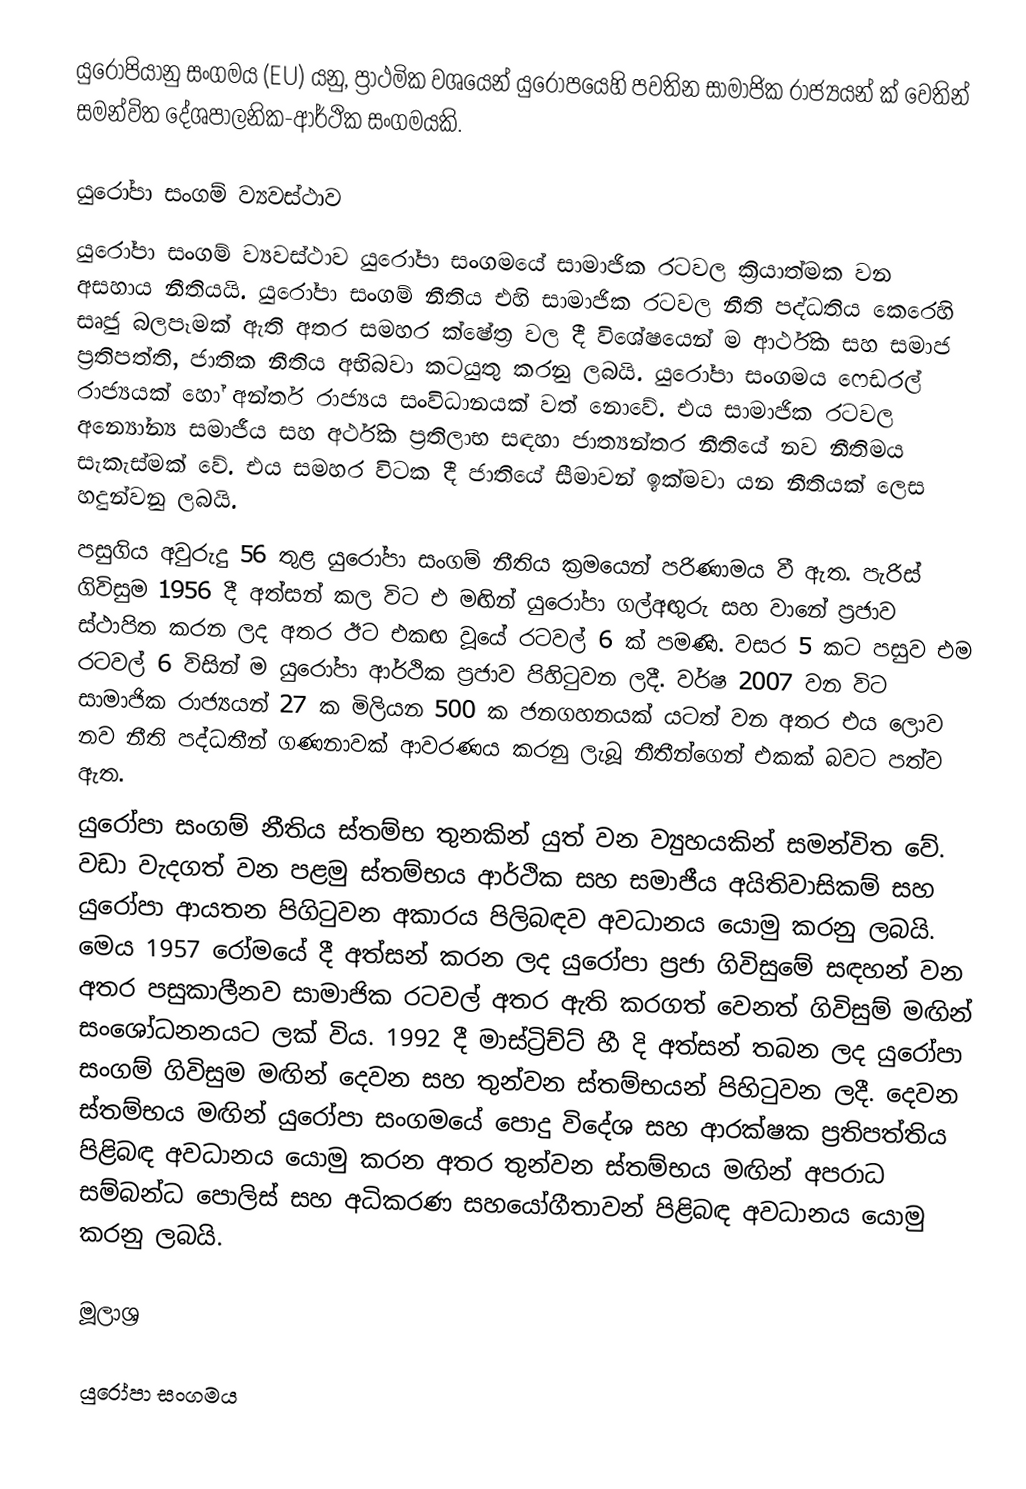
යුරෝපියානු සංගමය (EU) යනු, ප්‍රාථමික වශයෙන්  යුරෝපයෙහි පවතින සාමාජික රාජ්‍යයන්  ක්  වෙතින් සමන්විත දේශපාලනික-ආර්ථික සංගමයකි.

යුරෝපා සංගම් ව්‍යවස්ථාව
යුරෝපා සංගම් ව්‍යවස්ථාව යුරෝපා සංගමයේ සාමාජික රටවල ක්‍රියාත්මක වන අසහාය නීතියයි. යුරෝපා සංගම් නීතිය එහි සාමාජික රටවල නීති පද්ධතිය කෙරෙහි සෘජු බලපෑමක් ඇති අතර සමහර ක්ෂේත්‍ර වල දී විශේෂයෙන් ම ආර්ථික සහ සමාජ ප්‍රතිපත්ති, ජාතික නීතිය අභිබවා කටයුතු කරනු ලබයි. යුරෝපා සංගමය ෆෙඩරල් රාජ්‍යයක් හෝ අන්තර් රාජ්‍යය සංවිධානයක් වත් නොවේ. එය සාමාජික රටවල අන්‍යෝන්‍ය සමාජීය සහ අර්ථික ප්‍රතිලාභ සඳහා ජාත්‍යන්තර නීතියේ නව නීතිමය සැකැස්මක් වේ. එය සමහර විටක දී ජාතියේ සීමාවන් ඉක්මවා යන නීතියක් ලෙස හදුන්වනු ලබයි.
පසුගිය අවුරුදු 56 තුළ යුරෝපා සංගම් නීතිය ක්‍රමයෙන් පරිණාමය වී ඇත. පැරිස් ගිවිසුම 1956 දී අත්සන් කල විට එ මඟින් යුරෝපා ගල්අඟුරු සහ වානේ ප්‍රජාව ස්ථාපිත කරන ලද අතර ඊට එකඟ වූයේ රටවල් 6 ක් පමණි. වසර 5 කට පසුව එම රටවල් 6 විසින් ම යුරෝපා ආර්ථික ප්‍රජාව පිහිටුවන ලදී. වර්ෂ 2007 වන විට සාමාජික රාජ්‍යයන් 27 ක මිලියන 500 ක ජනගහනයක් යටත් වන අතර එය ලොව නව නීති පද්ධතීන් ගණනාවක් ආවරණය කරනු ලැබූ නීතීන්ගෙන් එකක් බවට පත්ව ඇත.
යුරෝපා සංගම් නීතිය ස්තම්භ තුනකින් යුත් වන ව්‍යුහයකින් සමන්විත වේ. වඩා වැදගත් වන පළමු ස්තම්භය ආර්ථික සහ සමාජීය අයිතිවාසිකම් සහ යුරෝපා ආයතන පිගිටුවන අකාරය පිලිබඳව අවධානය යොමු කරනු ලබයි. මෙය 1957 රෝමයේ දී අත්සන් කරන ලද යුරෝපා ප්‍රජා ගිවිසුමේ සඳහන් වන අතර පසුකාලීනව සාමාජික රටවල් අතර ඇති කරගත් වෙනත් ගිවිසුම් මඟින් සංශෝධනනයට ලක් විය. 1992 දී මාස්ට්‍රිච්ට් හී දි අත්සන් තබන ලද යුරෝපා සංගම් ගිවිසුම මඟින් දෙවන සහ තුන්වන ස්තම්භයන් පිහිටුවන ලදී. දෙවන ස්තම්භය මඟින් යුරෝපා සංගමයේ පොදු විදේශ සහ ආරක්ෂක ප්‍රතිපත්තිය පිළිබඳ අවධානය යොමු කරන අතර තුන්වන ස්තම්භය මඟින් අපරාධ සම්බන්ධ පොලිස් සහ අධිකරණ සහයෝගීතාවන් පිළිබඳ අවධානය යොමු කරනු ලබයි.

මූලාශ්‍ර

යුරෝපා සංගමය